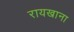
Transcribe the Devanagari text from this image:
रायखाना